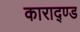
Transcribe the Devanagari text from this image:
काराद्ण्ड